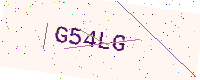
Text: G54LG